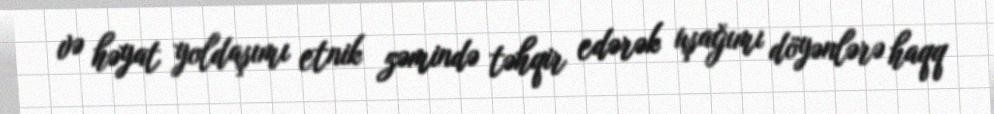
və həyat yoldaşımı etnik zəmində təhqir edərək uşağımı döyənlərə haqq